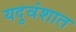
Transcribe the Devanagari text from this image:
यदुवंशात